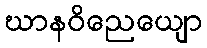
ဃာနဝိညေယျော